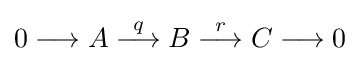
0\longrightarrow A\mathrel {\stackrel {q}{\longrightarrow }} B\mathrel {\stackrel {r}{\longrightarrow }} C\longrightarrow 0